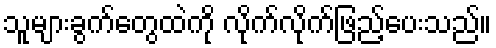
သူများခွက်တွေထဲကို လိုက်လိုက်ဖြည့်ပေးသည်။